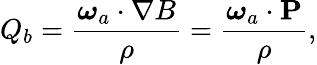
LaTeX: Q_{b}=\frac{{\boldsymbol{\omega}}_{a}\cdot\nabla B}{\rho}=\frac{\boldsymbol{\omega}_{a}\cdot{\mathbf P}}{\rho},